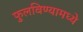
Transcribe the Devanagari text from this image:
फुलविण्यामध्ये